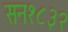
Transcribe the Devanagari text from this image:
सन१८३२